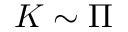
K \sim \Pi